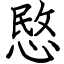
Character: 愍